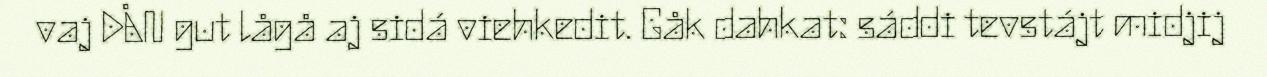
vaj DÅN gut lågå aj sidá viehkedit. Gåk dahkat: sáddi tevstájt midjij